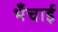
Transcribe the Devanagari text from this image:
भँचाई